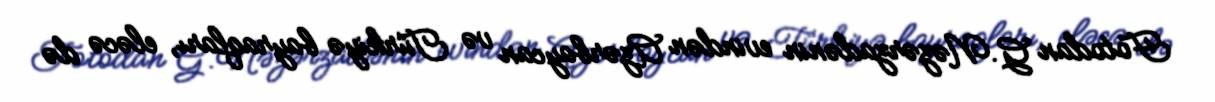
Fotodan G.Nəzərzadənin evindən Azərbaycan və Türkiyə bayraqları, eləcə də